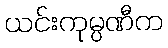
ယင်းကုမ္ပဏီက